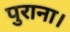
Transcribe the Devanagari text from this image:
पुराना।